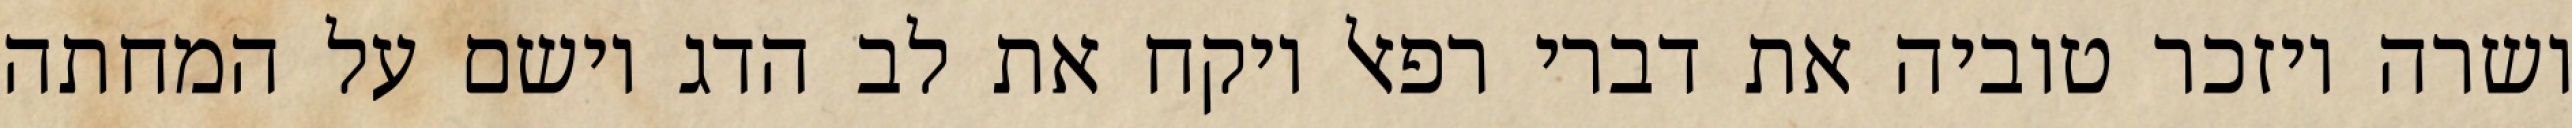
ושרה ויזכר טוביה את דברי רפאל ויקח את לב הדג וישם על המחתה